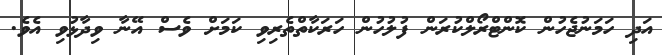
އަދި ހަމަނުޖެހުން ކޮންޓްރޯލްކުރަން ފުލުހުން ހަރަކާތްތެރިވި ކަމަށް ވެސް އޭނާ ވިދާޅުވި އެވެ.